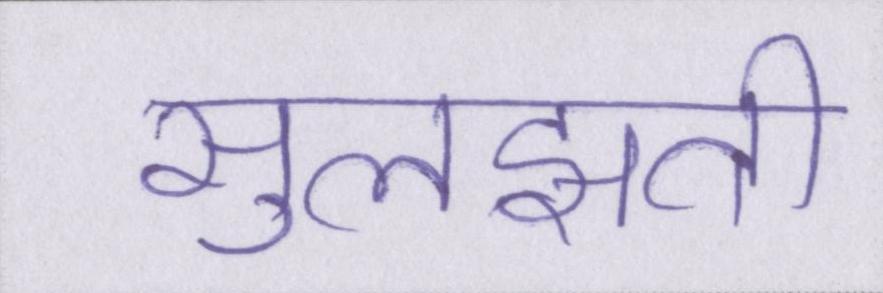
सुलझती